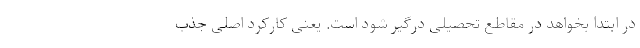
در ابتدا بخواهد در مقاطع تحصیلی درگیر شود است. یعنی کارکرد اصلیِ جذب